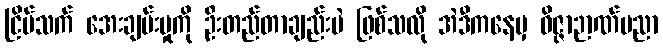
ငြိမ်သက် အေးချမ်းမှုကို ဦးတည်တာချည်းပဲ ဖြစ်သလို အဲဒီကနေမှ ဝိဇ္ဇာဉာဏ်ပညာ